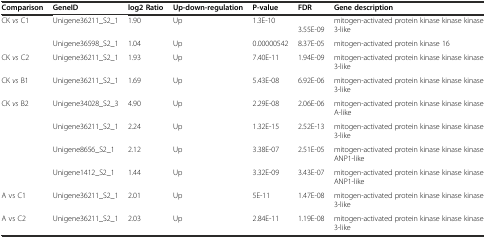
<table><thead><tr><td><b>Comparison</b></td><td><b>GeneID</b></td><td><b>log2 Ratio</b></td><td><b>Up-down-regulation</b></td><td><b>P-value</b></td><td><b>FDR</b></td><td><b>Gene description</b></td></tr></thead><tbody><tr><td rowspan="2">CK <i>vs</i> C1</td><td>Unigene36211_S2_1</td><td>1.90</td><td>Up</td><td>1.3E-10</td><td>3.55E-09</td><td>mitogen-activated protein kinase kinase kinase 3-like</td></tr><tr><td>Unigene36598_S2_1</td><td>1.04</td><td>Up</td><td>0.00000542</td><td>8.37E-05</td><td>mitogen-activated protein kinase 16</td></tr><tr><td>CK <i>vs</i> C2</td><td>Unigene36211_S2_1</td><td>1.93</td><td>Up</td><td>7.40E-11</td><td>1.94E-09</td><td>mitogen-activated protein kinase kinase kinase 3-like</td></tr><tr><td>CK <i>vs</i> B1</td><td>Unigene36211_S2_1</td><td>1.69</td><td>Up</td><td>5.43E-08</td><td>6.92E-06</td><td>mitogen-activated protein kinase kinase kinase 3-like</td></tr><tr><td rowspan="4">CK <i>vs</i> B2</td><td>Unigene34028_S2_3</td><td>4.90</td><td>Up</td><td>2.29E-08</td><td>2.06E-06</td><td>mitogen-activated protein kinase kinase kinase A-like</td></tr><tr><td>Unigene36211_S2_1</td><td>2.24</td><td>Up</td><td>1.32E-15</td><td>2.52E-13</td><td>mitogen-activated protein kinase kinase kinase 3-like</td></tr><tr><td>Unigene8656_S2_1</td><td>2.12</td><td>Up</td><td>3.38E-07</td><td>2.51E-05</td><td>mitogen-activated protein kinase kinase kinase ANP1-like</td></tr><tr><td>Unigene1412_S2_1</td><td>1.44</td><td>Up</td><td>3.32E-09</td><td>3.43E-07</td><td>mitogen-activated protein kinase kinase kinase ANP1-like</td></tr><tr><td>A vs C1</td><td>Unigene36211_S2_1</td><td>2.01</td><td>Up</td><td>5E-11</td><td>1.47E-08</td><td>mitogen-activated protein kinase kinase kinase 3-like</td></tr><tr><td>A vs C2</td><td>Unigene36211_S2_1</td><td>2.03</td><td>Up</td><td>2.84E-11</td><td>1.19E-08</td><td>mitogen-activated protein kinase kinase kinase 3-like</td></tr></tbody></table>